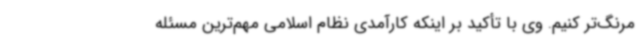
مرنگ‌تر کنیم. وی با تأکید بر اینکه کارآمدی نظام اسلامی مهم‌ترین مسئله